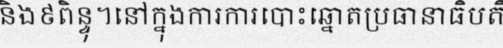
និង៩ពិន្ទុ។នៅក្នុងការការបោះឆ្នោតប្រធានាធិបតី